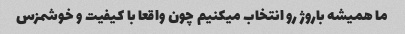
ما همیشه باروژ رو انتخاب میکنیم چون واقعا با کیفیت و خوشمزس